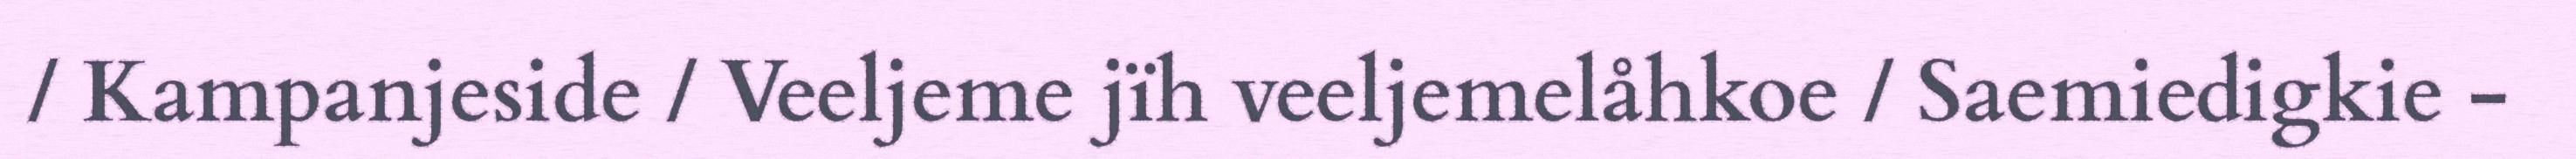
/ Kampanjeside / Veeljeme jïh veeljemelåhkoe / Saemiedigkie -